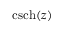
\operatorname { c s c h } ( z )